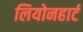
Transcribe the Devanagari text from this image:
लियोनहार्ट